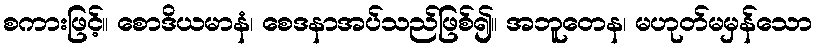
စကားဖြင့်။ စောဒိယမာနံ၊ စေဒနာအပ်သည်ဖြစ်၍။ အဘူတေန၊ မဟုတ်မမှန်သော